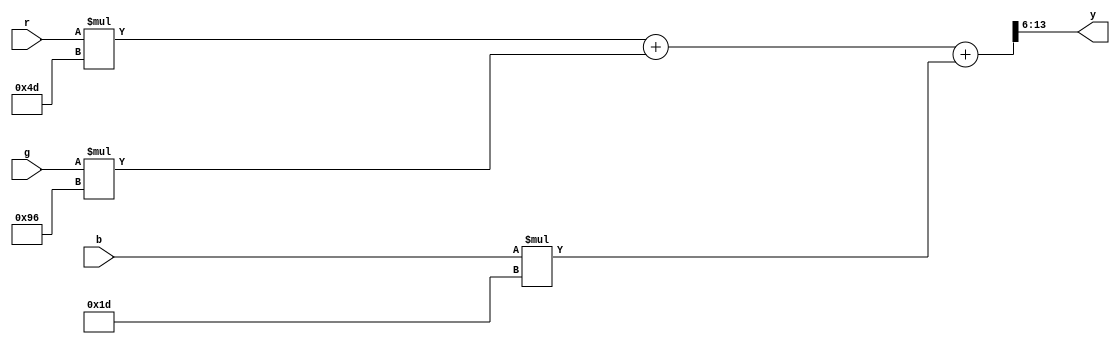
// This program was cloned from: https://github.com/Modos-Labs/Caster
// License: CERN Open Hardware Licence Version 2 - Permissive

// Copyright Wenting Zhang 2024
//
// This source describes Open Hardware and is licensed under the CERN-OHL-P v2
//
// You may redistribute and modify this documentation and make products using
// it under the terms of the CERN-OHL-P v2 (https:/cern.ch/cern-ohl). This
// documentation is distributed WITHOUT ANY EXPRESS OR IMPLIED WARRANTY,
// INCLUDING OF MERCHANTABILITY, SATISFACTORY QUALITY AND FITNESS FOR A
// PARTICULAR PURPOSE. Please see the CERN-OHL-P v2 for applicable conditions
//
// rgb2y.v
// RGB value to luminance
`timescale 1ns / 1ps
`default_nettype none
module rgb2y(
    input wire [5:0] r,
    input wire [5:0] g,
    input wire [5:0] b,
    output wire [7:0] y
    );

    // Pretty much overkill.
    // Could just use simple shifter to save some DSP blocks.
    wire [13:0] r_mult = {8'd0, r} * 14'd77;
    wire [13:0] g_mult = {8'd0, g} * 14'd150;
    wire [13:0] b_mult = {8'd0, b} * 14'd29;

    wire [13:0] acc = r_mult + g_mult + b_mult;

    assign y = acc[13:6];

endmodule
`default_nettype wire